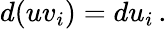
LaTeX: d(uv_{i})=du_{i}\, .